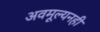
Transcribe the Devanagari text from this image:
अवमूल्यनही